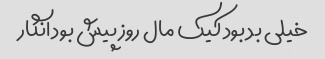
خیلی بد بود کیک مال روز پیش بود انگار